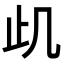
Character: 𭭙